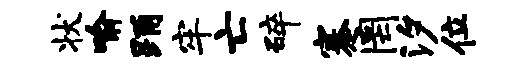
状喻踊牢亡碎蹇罔汐位